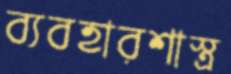
ব্যবহারশাস্ত্র